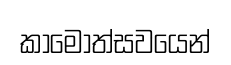
කාමොත්සවයෙන්